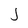
Character: J